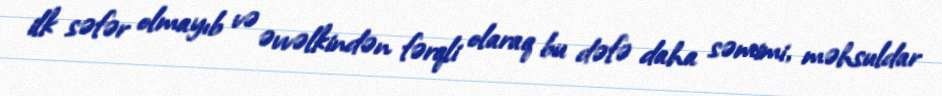
ilk səfər olmayıb və əvvəlkindən fərqli olaraq bu dəfə daha səmimi, məhsuldar